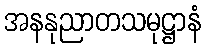
အနနုညာတသမုဋ္ဌာနံ